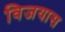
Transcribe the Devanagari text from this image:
विजयास